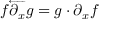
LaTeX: f { \overleftarrow { \partial _ { x } } } g = g \cdot \partial _ { x } f